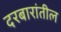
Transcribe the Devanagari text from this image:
दरबारांतील